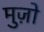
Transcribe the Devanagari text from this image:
मुज़ो